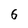
Character: 6